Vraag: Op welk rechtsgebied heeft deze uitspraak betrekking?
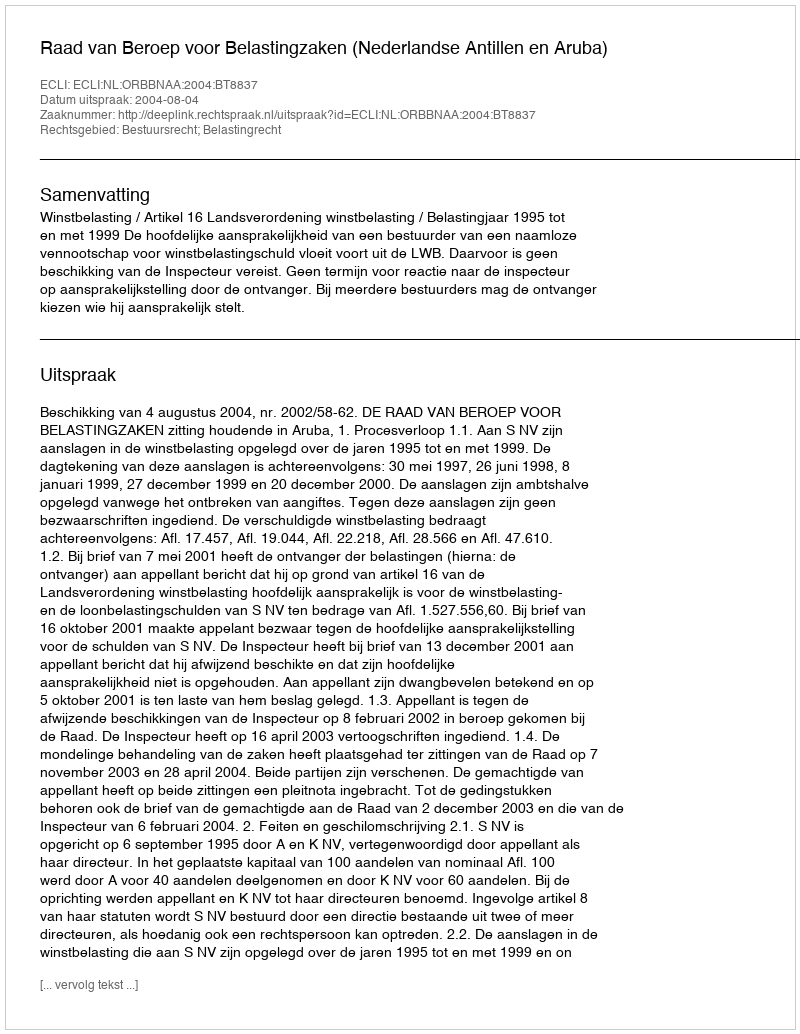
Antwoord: Bestuursrecht; Belastingrecht